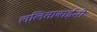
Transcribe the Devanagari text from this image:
ललिताबाईंनी